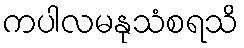
ကပါလမနုသံစရသိ